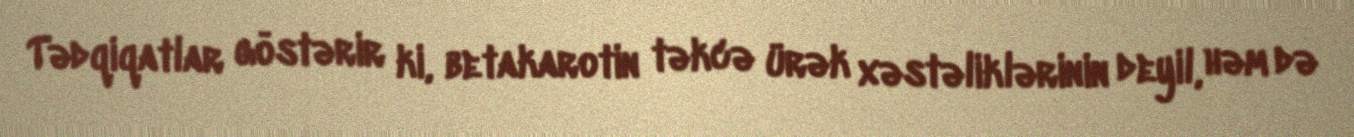
Tədqiqatlar göstərir ki, betakarotin təkcə ürək xəstəliklərinin deyil, həm də